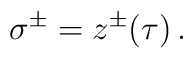
\:\sigma^{\pm } = z^{\pm }(\tau ) \,.\: